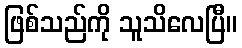
ဖြစ်သည်ကို သူသိလေပြီ။